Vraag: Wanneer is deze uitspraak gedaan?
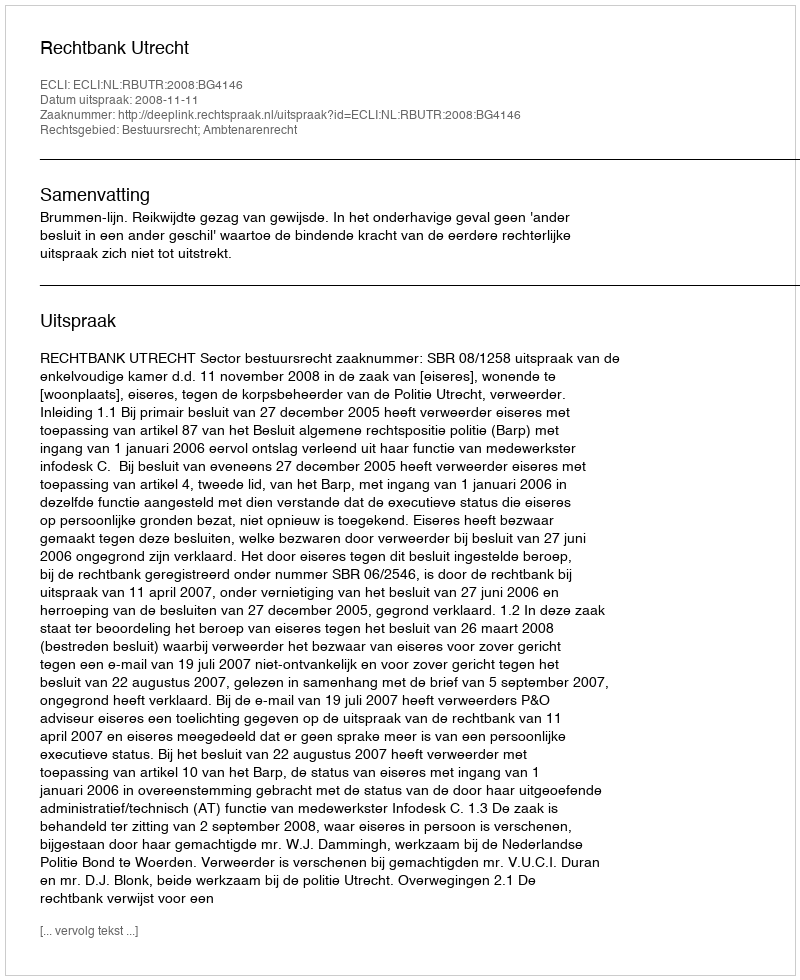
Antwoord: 2008-11-11